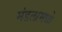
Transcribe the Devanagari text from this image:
मंडलामध्ये